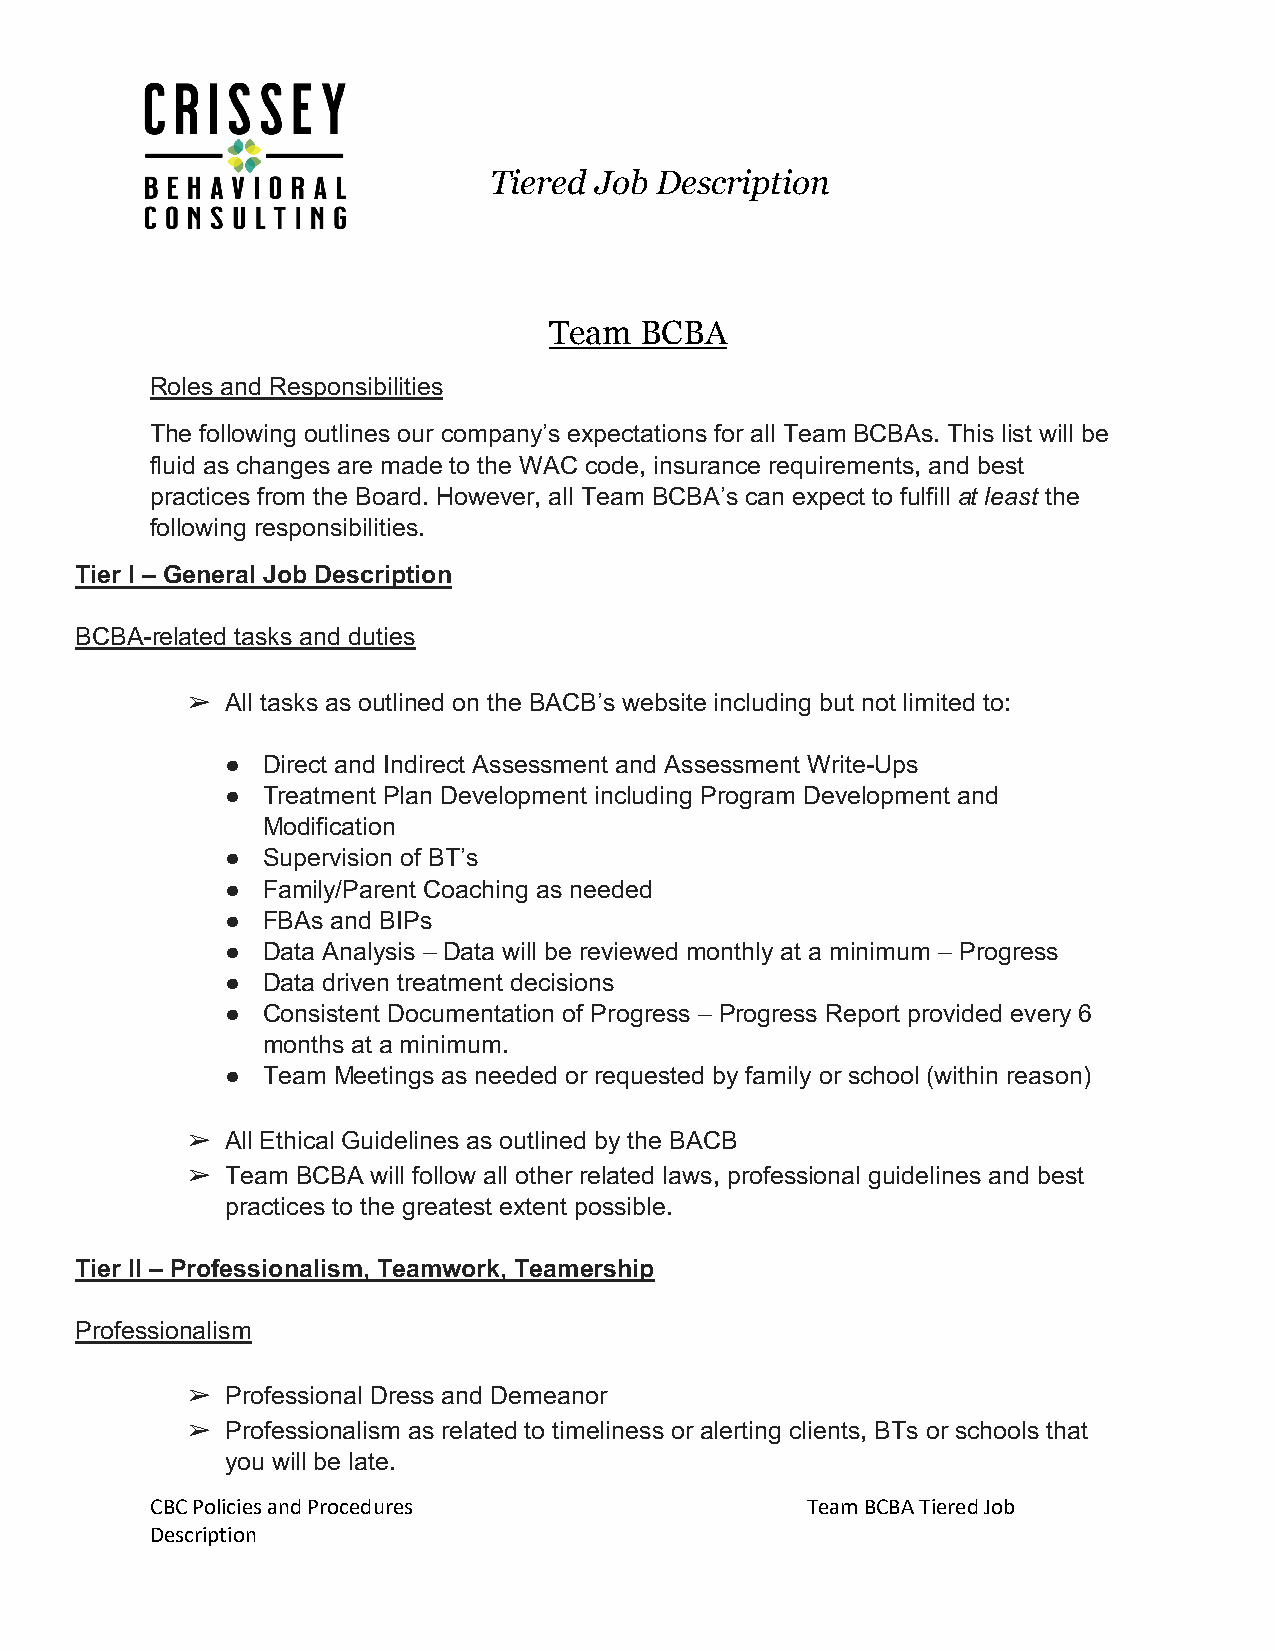
[Type here]
 Tiered Job Description
 Team  BCBA
 Roles and Responsibilities
 The following outlines our company’s expectations for all Team BCBAs. This list will be
 fluid as changes are made to the WAC code, insurance requirements, and best
 practices from the Board. However, all Team BCBA’s can expect to fulfill at least the
 following responsibilities.
 Tier I – General Job Description
 BCBA-related tasks and duties
 ➢  All tasks as outlined on the BACB’s website including but not limited to:
 ● Direct and Indirect Assessment and Assessment Write-Ups
 ● Treatment Plan Development including Program Development and
 Modification
 ● Supervision of BT’s
 ● Family/Parent Coaching as needed
 ● FBAs and BIPs
 ● Data Analysis – Data will be reviewed monthly at a minimum – Progress
 ● Data driven treatment decisions
 ● Consistent Documentation of Progress – Progress Report provided every 6
 months at a minimum.
 ● Team Meetings as needed or requested by family or school (within reason)
 ➢  All Ethical Guidelines as outlined by the BACB
 ➢  Team BCBA will follow all other related laws, professional guidelines and best
 practices to the greatest extent possible.
 Tier II – Professionalism, Teamwork, Teamership
 Professionalism
 ➢  Professional Dress and Demeanor
 ➢  Professionalism as related to timeliness or alerting clients, BTs or schools that
 you will be late.
 CBC Policies and Procedures                Team BCBA Tiered Job
 Description